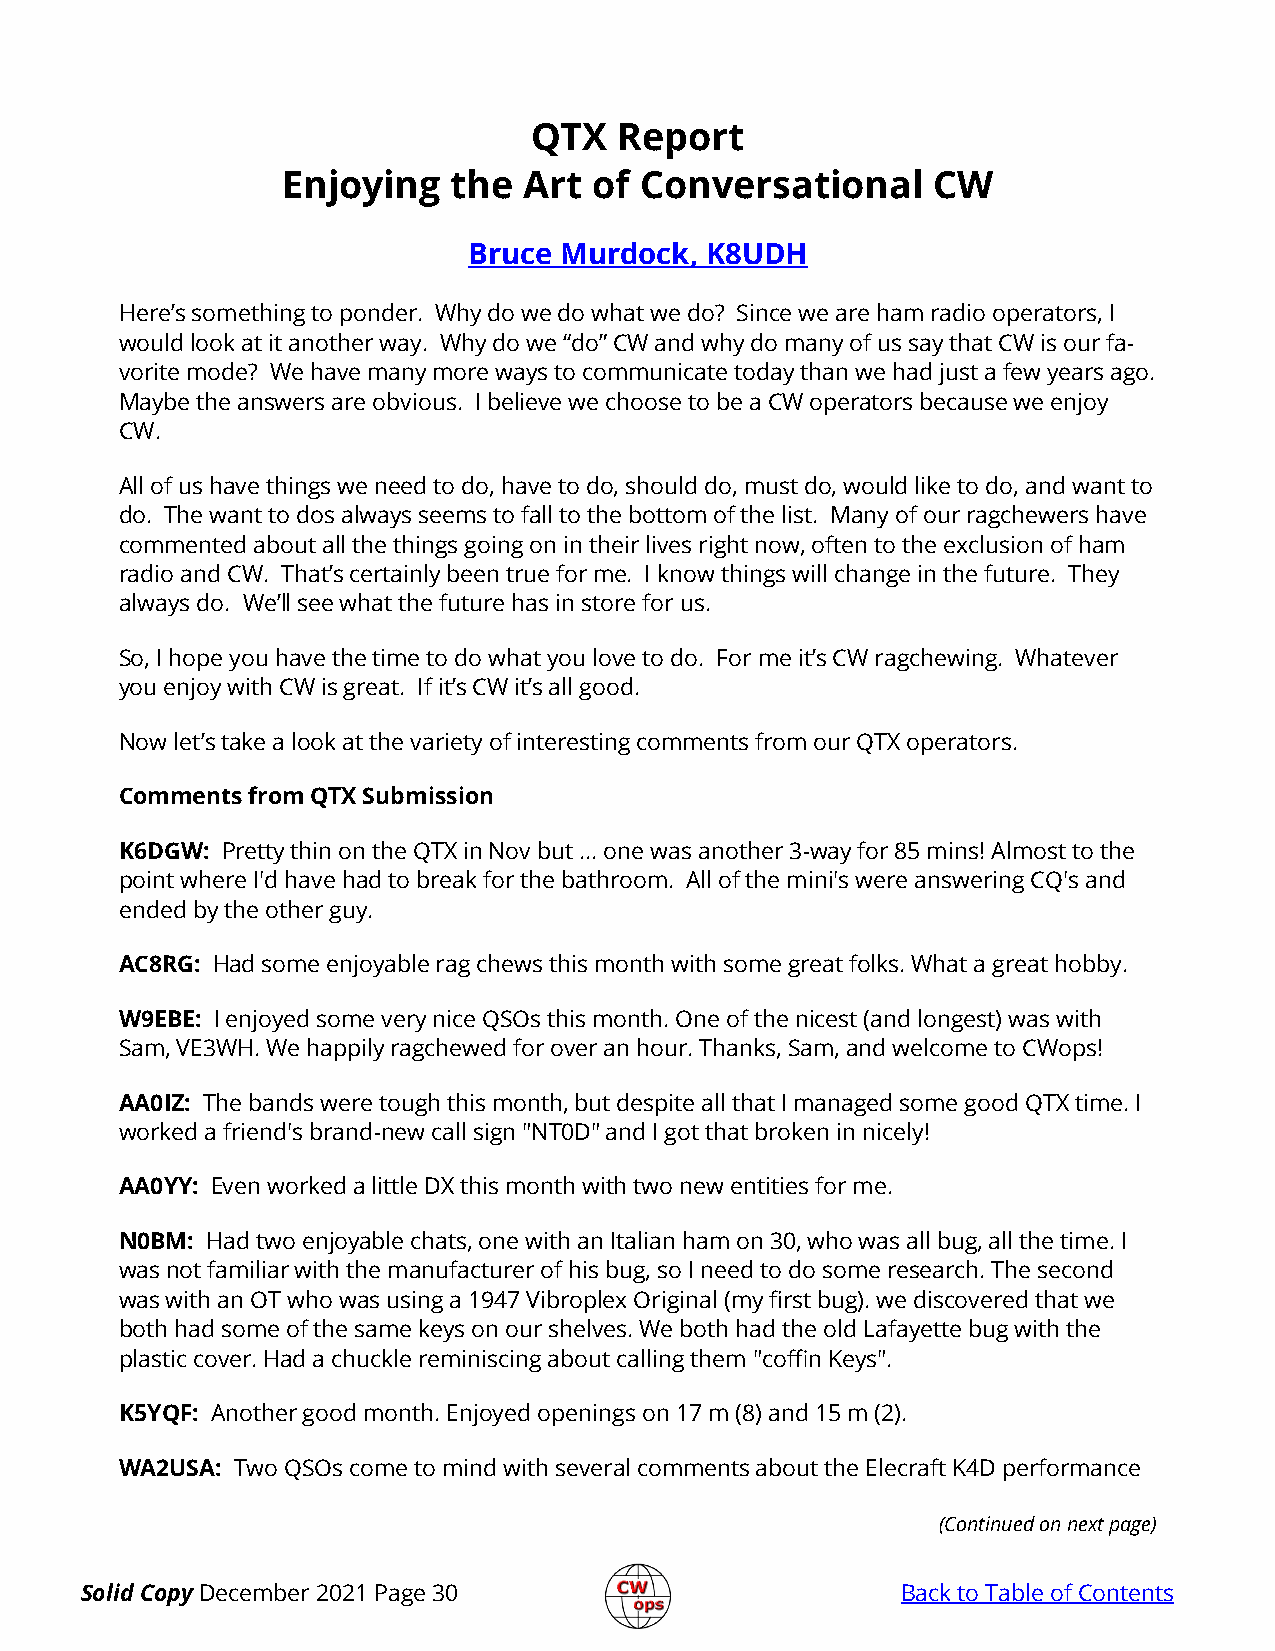
QTX   Report
 Enjoying   the  Art of Conversational      CW
 Bruce Murdock,  K8UDH
 Here’s something to ponder. Why do we do what we do? Since we are ham radio operators, I
 would look at it another way. Why do we “do” CW and why do many of us say that CW is our fa-
 vorite mode? We have many more ways to communicate today than we had just a few years ago.
 Maybe the answers are obvious. I believe we choose to be a CW operators because we enjoy
 CW.
 All of us have things we need to do, have to do, should do, must do, would like to do, and want to
 do. The want to dos always seems to fall to the bottom of the list. Many of our ragchewers have
 commented about all the things going on in their lives right now, often to the exclusion of ham
 radio and CW. That’s certainly been true for me. I know things will change in the future. They
 always do. We’ll see what the future has in store for us.
 So, I hope you have the time to do what you love to do. For me it’s CW ragchewing. Whatever
 you enjoy with CW is great. If it’s CW it’s all good.
 Now let’s take a look at the variety of interesting comments from our QTX operators.
 Comments from QTX Submission
 K6DGW: Pretty thin on the QTX in Nov but ... one was another 3-way for 85 mins! Almost to the
 point where I'd have had to break for the bathroom. All of the mini's were answering CQ's and
 ended by the other guy.
 AC8RG: Had some enjoyable rag chews this month with some great folks. What a great hobby.
 W9EBE: I enjoyed some very nice QSOs this month. One of the nicest (and longest) was with
 Sam, VE3WH. We happily ragchewed for over an hour. Thanks, Sam, and welcome to CWops!
 AA0IZ: The bands were tough this month, but despite all that I managed some good QTX time. I
 worked a friend's brand-new call sign "NT0D" and I got that broken in nicely!
 AA0YY: Even worked a little DX this month with two new entities for me.
 N0BM: Had two enjoyable chats, one with an Italian ham on 30, who was all bug, all the time. I
 was not familiar with the manufacturer of his bug, so I need to do some research. The second
 was with an OT who was using a 1947 Vibroplex Original (my first bug). we discovered that we
 both had some of the same keys on our shelves. We both had the old Lafayette bug with the
 plastic cover. Had a chuckle reminiscing about calling them "coffin Keys".
 K5YQF: Another good month. Enjoyed openings on 17 m (8) and 15 m (2).
 WA2USA: Two QSOs come to mind with several comments about the Elecraft K4D performance
 (Continued on next page)
 Solid Copy December 2021 Page 30                       Back to Table of Contents